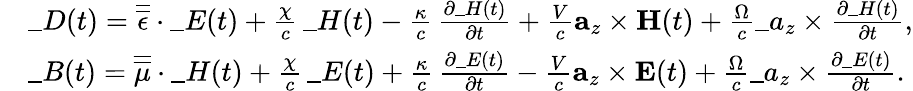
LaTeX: \begin{array}{rl}&{\_ D(t)=\overline{{\overline{{\epsilon}}}}\cdot\_ E(t)+\frac{\chi}{c}\, \_ H(t)-\frac{\kappa}{c}\, \frac{\partial\_ H(t)}{\partial t}+\frac{V}{c}\mathbf{a}_{z}\times\mathbf{H}(t)+\frac{\Omega}{c}\_ a_{z}\times\frac{\partial\_ H(t)}{\partial t},}\\ &{\_ B(t)=\overline{{\overline{{\mu}}}}\cdot\_ H(t)+\frac{\chi}{c}\, \_ E(t)+\frac{\kappa}{c}\, \frac{\partial\_ E(t)}{\partial t}-\frac{V}{c}\mathbf{a}_{z}\times\mathbf{E}(t)+\frac{\Omega}{c}\_ a_{z}\times\frac{\partial\_ E(t)}{\partial t}.}\end{array}